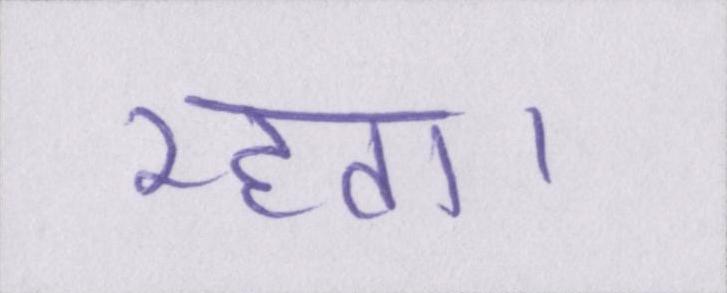
रहता।